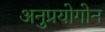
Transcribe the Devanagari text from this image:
अनुप्रयोगोन